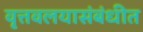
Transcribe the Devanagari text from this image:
वृत्तवलयासंबंधीत